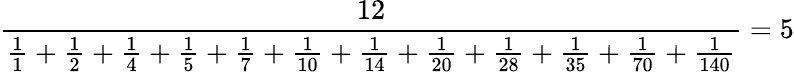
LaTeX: {\frac{12}{{\frac{1}{1}}+{\frac{1}{2}}+{\frac{1}{4}}+{\frac{1}{5}}+{\frac{1}{7}}+{\frac{1}{10}}+{\frac{1}{14}}+{\frac{1}{20}}+{\frac{1}{28}}+{\frac{1}{35}}+{\frac{1}{70}}+{\frac{1}{140}}}}=5